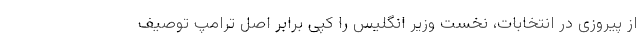
از پیروزی در انتخابات، نخست وزیر انگلیس را کپی برابر اصل ترامپ توصیف